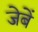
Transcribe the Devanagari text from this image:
जेबें